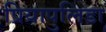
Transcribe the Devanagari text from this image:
प्रियापुलिडा